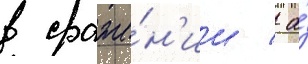
в сраже́н'ии / а́